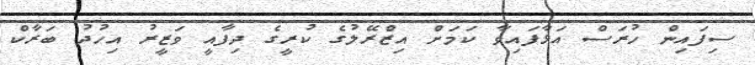
ސިފައިން ހުރަސް އަޅާފައިވާ ކަމަށް އިޒްރޭލުގެ ކުރީގެ ދިފާއީ ވަޒީރު އިހުދު ބަރާކް